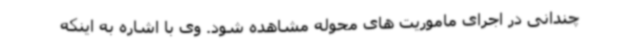
چندانی در اجرای ماموریت های محوله مشاهده شود. وی با اشاره به اینکه